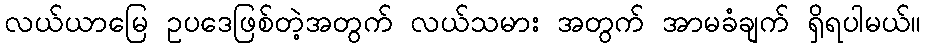
လယ်ယာမြေ ဥပဒေဖြစ်တဲ့အတွက် လယ်သမား အတွက် အာမခံချက် ရှိရပါမယ်။